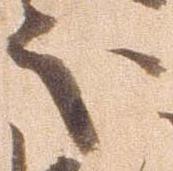
処